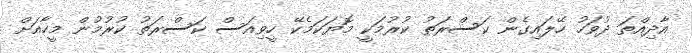
އާދިއްތަ ދުވަހު ހޭލައިގެން ކަސްރަތު ކުރުމަކީ މޮޔަކަމެކޭ ހީވިއަސް ކަސްރަތު ކުރުމުން މީހާއަށް